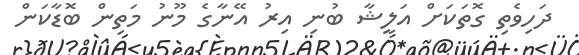
ދަހިވެތި ގޮތަކަށް އަލީޝާ ބުނި އިރު އޭނާގެ މޫނު މަތިން ބޮޑާކަން